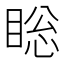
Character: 𰥯